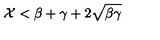
\mathcal { X } < \beta + \gamma + 2 \sqrt { \beta \gamma }